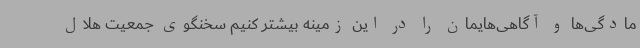
مادگی‌ها و آگاهی‌هایمان را در این زمینه بیشتر کنیم سخنگوی جمعیت هلال